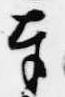
奉